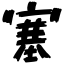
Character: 塞